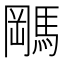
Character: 𬳭